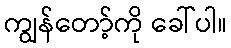
ကျွန်တော့်ကို ခေါ်ပါ။